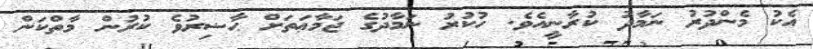
އެކު މެންދުރު ނަމާދު ކުރާނީއެވެ. ހުކުރު ނަމާދުގެ ޖަމާޢަތަށް ޙާޟިރުވެ ކުރުން މާތްކަން